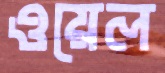
ওয়েল